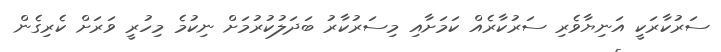
ސަރުކާރަކީ އަނިޔާވެރި ސަރުކާރެއް ކަަމަށާއި މިސަރުކާރު ބަދަލުކުރުމަށް ނިކުމެ މިހުރީ ވަރަށް ކެރިގެން